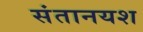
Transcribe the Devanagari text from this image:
संतानयश